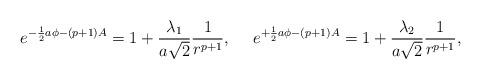
LaTeX: \begin{align*}e^{-{1\over 2}a\phi-(p+1)A}=1+{{\lambda_1}\over{a\sqrt{2}}}{1\over{r^{p+1}}},\ \ \ \ e^{+{1\over 2}a\phi-(p+1)A}=1+{{\lambda_2}\over{a\sqrt{2}}}{1\over{r^{p+1}}},\end{align*}